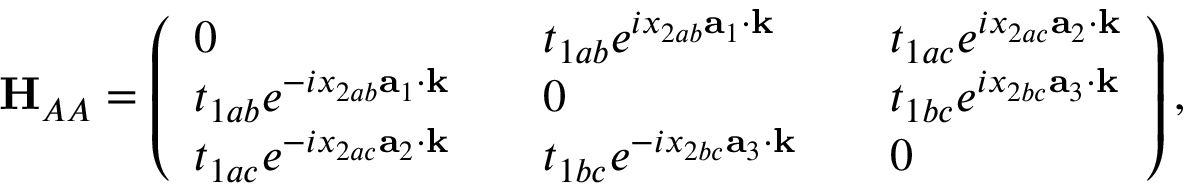
{ \bf H } _ { A A } = \left( \begin{array} { l l l l l } { 0 } & & { t _ { 1 a b } e ^ { i x _ { 2 a b } { \bf a } _ { 1 } \cdot { \bf k } } } & & { t _ { 1 a c } e ^ { i x _ { 2 a c } { \bf a } _ { 2 } \cdot { \bf k } } } \\ { t _ { 1 a b } e ^ { - i x _ { 2 a b } { \bf a } _ { 1 } \cdot { \bf k } } } & & { 0 } & & { t _ { 1 b c } e ^ { i x _ { 2 b c } { \bf a } _ { 3 } \cdot { \bf k } } } \\ { t _ { 1 a c } e ^ { - i x _ { 2 a c } { \bf a } _ { 2 } \cdot { \bf k } } } & & { t _ { 1 b c } e ^ { - i x _ { 2 b c } { \bf a } _ { 3 } \cdot { \bf k } } } & & { 0 } \end{array} \right) ,